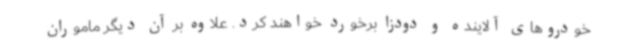
خودروهای آلاینده و دودزا برخورد خواهند کرد. علاوه بر آن دیگر ماموران